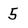
Character: 5